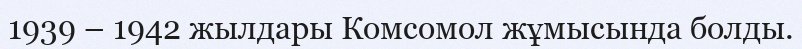
1939 – 1942 жылдары Комсомол жұмысында болды.